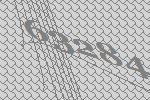
63284